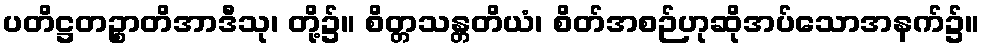
ပတိဋ္ဌတဉ္စာတိအာဒီသု၊ တို့၌။ စိတ္တသန္တတိယံ၊ စိတ်အစဉ်ဟုဆိုအပ်သောအနက်၌။